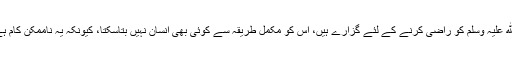
ایسے صحابہ جن کی تعداد بے حساب ہے اور ان کی حیات و خدمات جو خالق حقیقی اور ذات مصطفی صلی اﷲ علیہ وسلم کو راضی کرنے کے لئے گزارے ہیں، اس کو مکمل طریقہ سے کوئی بھی انسان نہیں بتاسکتا، کیونکہ یہ ناممکن کام ہے، مگر ہر مؤرخ صحیح اپنی اپنی بساط و وسعت کے مطابق جو کچھ لکھے ہیں یقینا وہ ہمارے لئے بہت ہے۔